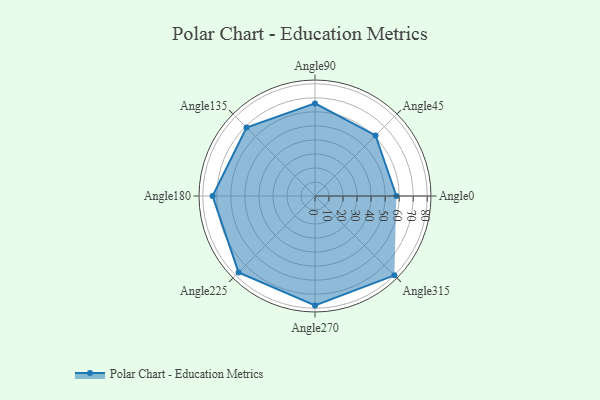
{"axis": {"x": "Angle", "y": "Radius"}, "legend": [""], "data": [{"x": "Angle0", "y": 58.0, "type": ""}, {"x": "Angle45", "y": 61.0, "type": ""}, {"x": "Angle90", "y": 66.0, "type": ""}, {"x": "Angle135", "y": 69.0, "type": ""}, {"x": "Angle180", "y": 73.0, "type": ""}, {"x": "Angle225", "y": 77.0, "type": ""}, {"x": "Angle270", "y": 78.0, "type": ""}, {"x": "Angle315", "y": 80.0, "type": ""}]}